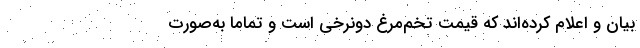
بیان و اعلام کرده‌اند که قیمت تخم‌مرغ دونرخی است و تماماً به‌صورت